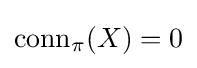
{\text{conn}}_{\pi }(X)=0